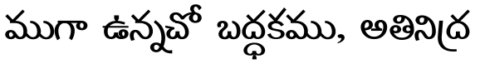
ముగా ఉన్నచో బద్ధకము, అతినిద్ర